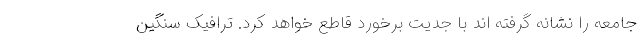
جامعه را نشانه گرفته اند با جدیت برخورد قاطع خواهد کرد. ترافیک سنگین